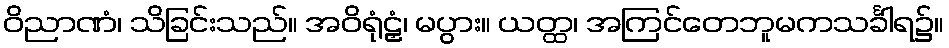
ဝိညာဏံ၊ သိခြင်းသည်။ အဝိရုံဠှံ၊ မပွား။ ယတ္ထ၊ အကြင်တေဘူမကသင်္ခါရ၌။